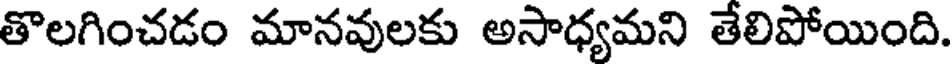
తొలగించడం మానవులకు అసాధ్యమని తేలిపోయింది.